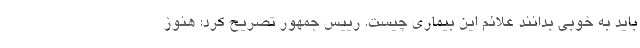
باید به خوبی بدانند علائم این بیماری چیست. رییس جمهور تصریح کرد: هنوز